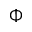
\Phi